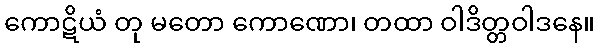
ကောဋိယံ တု မတော ကောဏော၊ တထာ ဝါဒိတ္တဝါဒနေ။